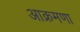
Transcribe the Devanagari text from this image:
आक्रमणा